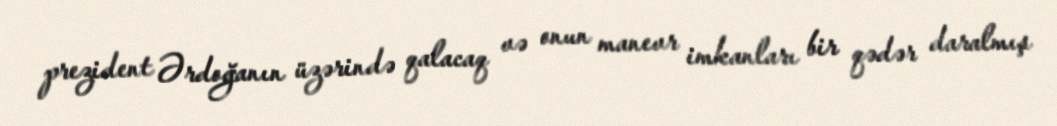
prezident Ərdoğanın üzərində qalacaq və onun manevr imkanları bir qədər daralmış